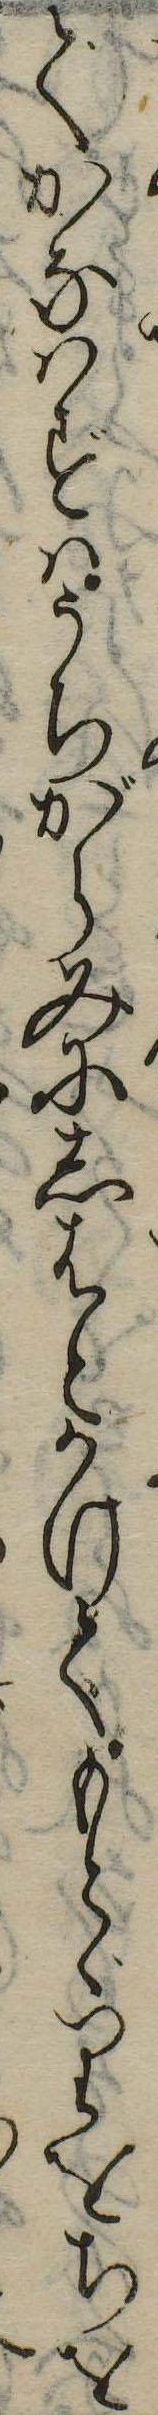
でかなはずはうちがらみにしはとかけてもとゞりをちを